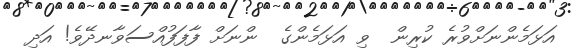
އަޅަމެންނަށްވުރެ ކުރިން  ވި އަޅަމެންގެ  ންނަށް ފާފަފުއްސަވާނދޭވެ! އަދި